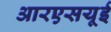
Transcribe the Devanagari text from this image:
आरएसयूई